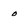
Character: o